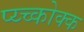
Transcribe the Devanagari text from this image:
प्य्च्कोक्क